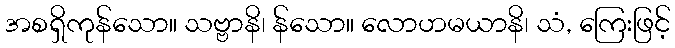
အစရှိကုန်သော။ သဗ္ဗာနိ၊ န်သော။ လောဟမယာနိ၊ သံ, ကြေးဖြင့်